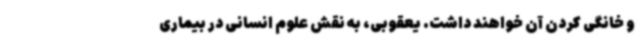
و خانگی کردن آن خواهند داشت. یعقوبی، به نقش علوم انسانی در بیماری